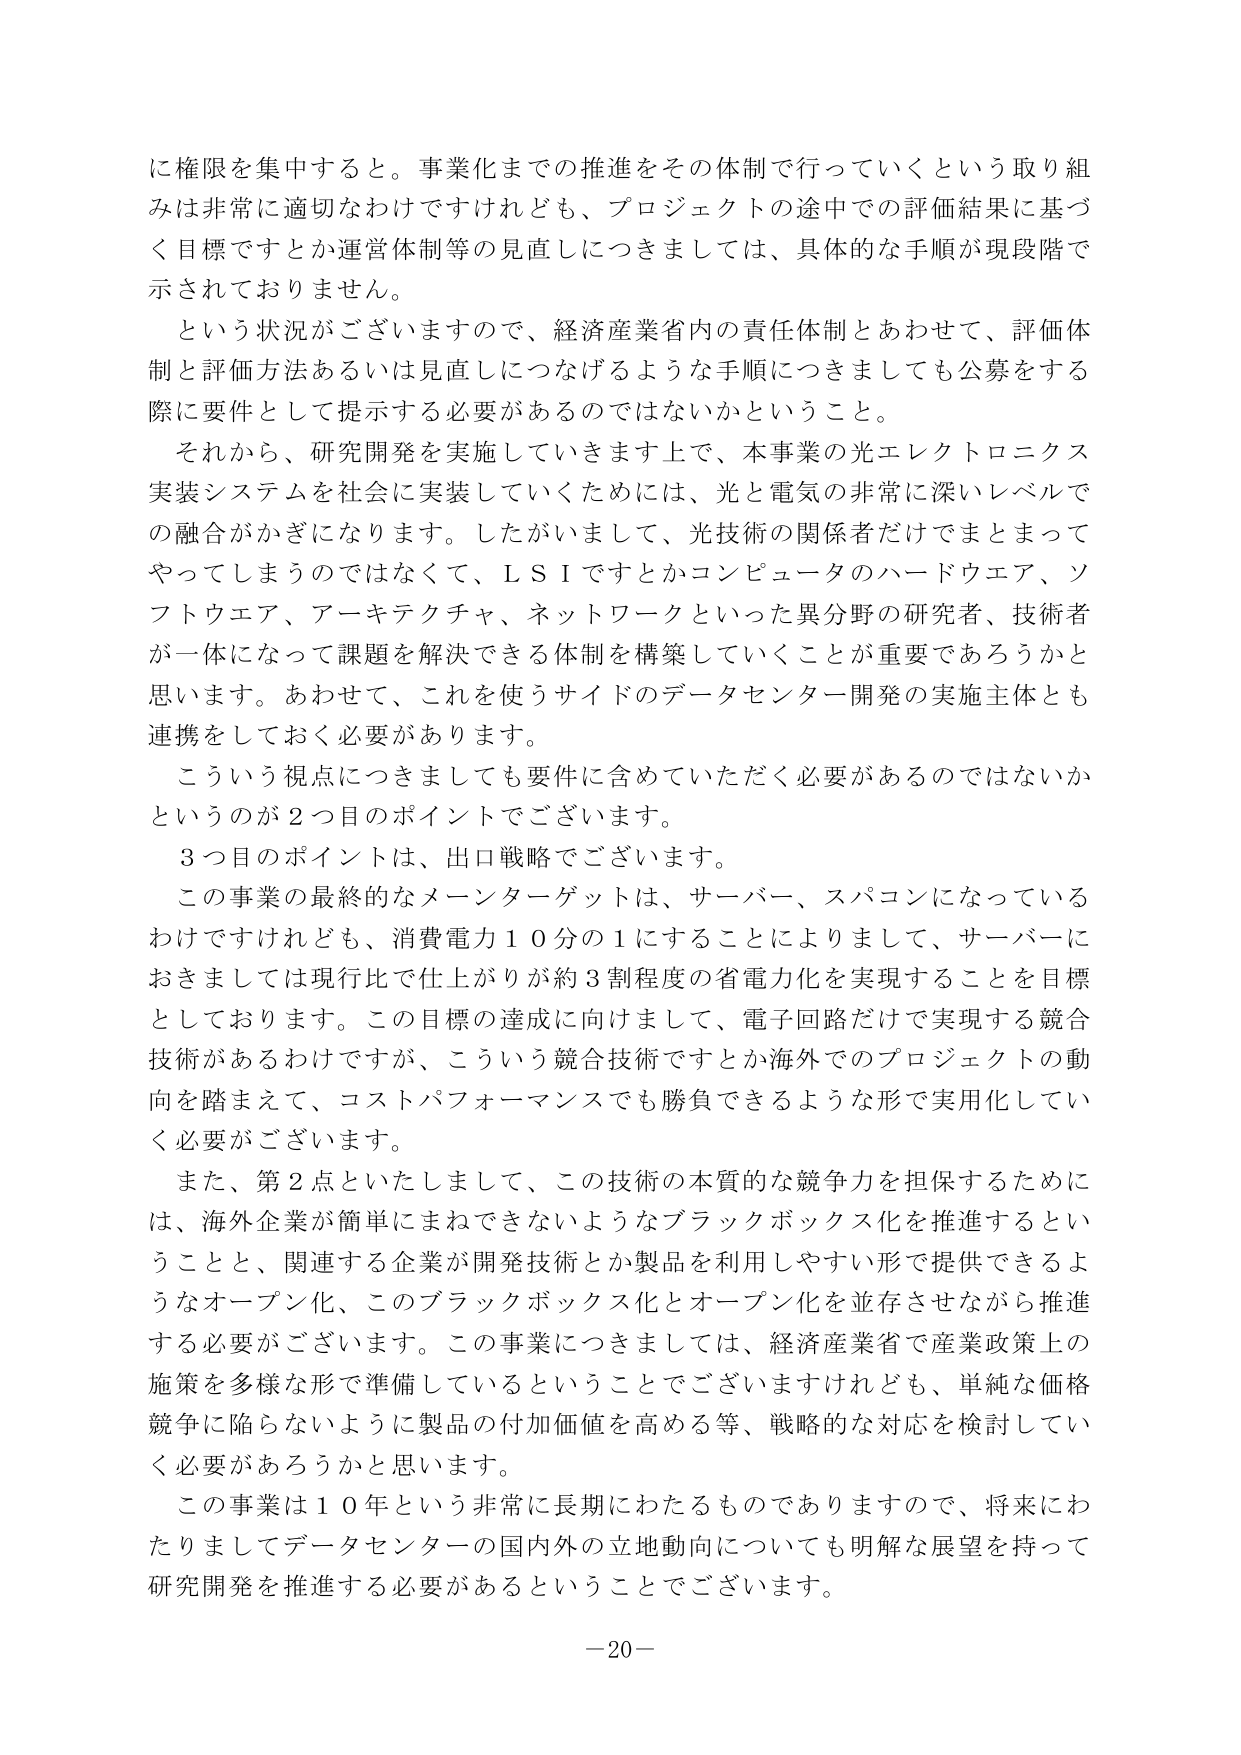
に権限を集中すると。事業化までの推進をその体制で行っていくという取り組みは非常に適切なわけですが、プロジェクトの途中での評価結果に基づく目標ですとか運営体制等の見直しにつきましては、具体的な手順が現段階で示されておりません。

という状況がございますので、経済産業省内の責任体制とあわせて、評価体制と評価方法あるいは見直しにつなげるような手順につきましても公募をする際に要件として提示する必要があるのではないかということ。

それから、研究開発を実施していきます上で、本事業の光エレクトロニクス実装システムを社会に実装していくためには、光と電気の非常に深いレベルでの融合がかぎになります。したがいまして、光技術の関係者だけではまとまってやってしまうのではなくて、LSIですとかコンピュータのハードウェア、ソフトウェア、アーキテクチャ、ネットワークといった異分野の研究者、技術者が一体になって課題を解決できる体制を構築していくことが重要であろうかと思います。あわせて、これを使うサイドのデータセンター開発の実施主体とも連携をしておく必要があります。

こういう視点につきましても要件に含めていただく必要があるのではないかというのが2つ目のポイントでございます。

3つ目のポイントは、出口戦略でございます。

この事業の最終的なメーンターゲットは、サーバー、スパコンになっているわけですが、消費電力10分の1にすることによりまして、サーバーにおきましては現行比で仕上がりが約3割程度の省電力化を実現することを目標としております。この目標の達成に向けて、電子回路だけで実現する競合技術があるわけですが、こういう競合技術ですとか海外でのプロジェクトの動向を踏まえて、コストパフォーマンスでも勝負できるような形で実用化していく必要があります。

また、第2点といたしまして、この技術の本質的な競争力を担保するためには、海外企業が簡単にまねできないようなブラックボックス化を推進するということと、関連する企業が開発技術とか製品を利用しやすい形で提供できるようなオープン化、このブラックボックス化とオープン化を並存させながら推進する必要があります。この事業につきましては、経済産業省で産業政策上の施策を多様な形で準備しているということでございますけれども、単純な価格競争に陥らないように製品の付加価値を高める等、戦略的な対応を検討していく必要があろうかと思います。

この事業は10年という非常に長期にわたるものでありますので、将来にわたりましてデータセンターの国内外の立地動向についても明解な展望を持って研究開発を推進する必要があるということでございます。

－20－